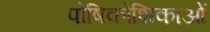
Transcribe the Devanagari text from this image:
पोषिकोशिकाओं